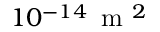
1 0 ^ { - 1 4 } \, \mathrm { ~ m ~ } ^ { 2 }